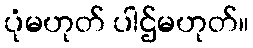
ပုံမဟုတ် ပါဌ်မဟုတ်။